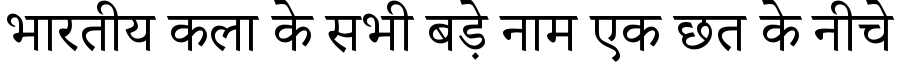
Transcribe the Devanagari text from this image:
भारतीय कला के सभी बड़े नाम एक छत के नीचे